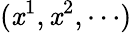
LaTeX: (\mathit{x}^{1},\mathit{x}^{2},\cdots)